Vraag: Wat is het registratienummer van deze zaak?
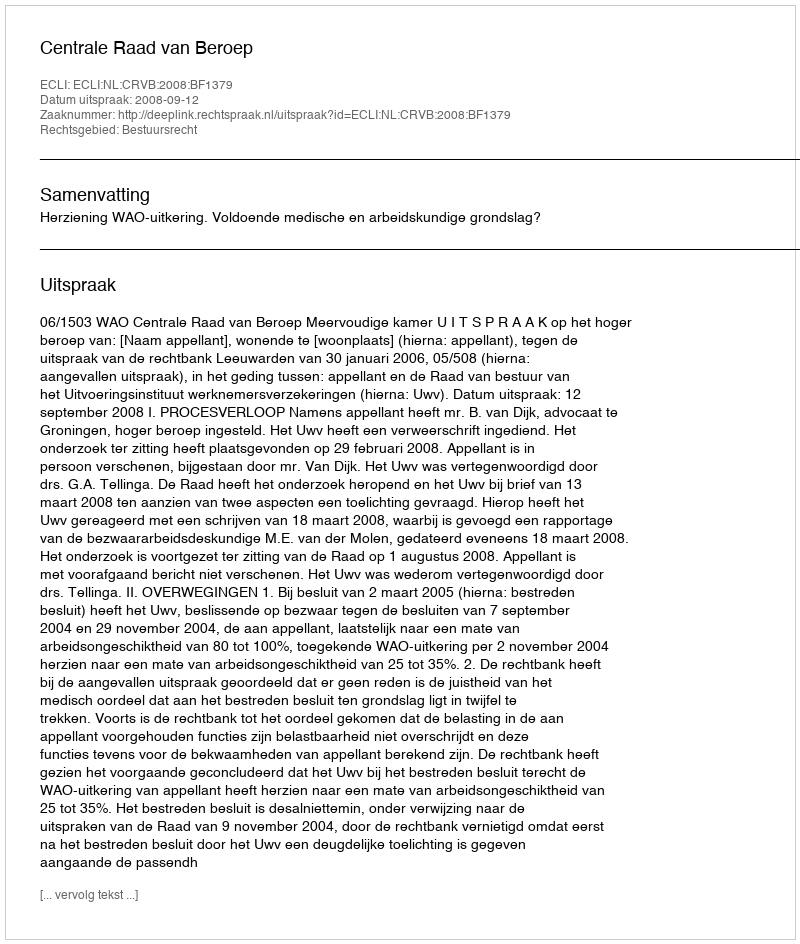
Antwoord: http://deeplink.rechtspraak.nl/uitspraak?id=ECLI:NL:CRVB:2008:BF1379